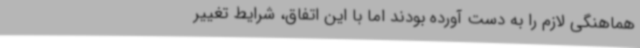
هماهنگی‌ لازم را به دست آورده بودند اما با این اتفاق، شرایط تغییر